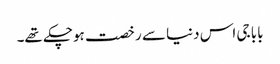
بابا جی اس دنیا سے رخصت ہوچکے تھے۔